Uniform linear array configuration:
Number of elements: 4
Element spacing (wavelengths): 1
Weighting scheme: exponential
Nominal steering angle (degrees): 60
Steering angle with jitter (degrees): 61.86
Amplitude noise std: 0.05
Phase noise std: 0.05

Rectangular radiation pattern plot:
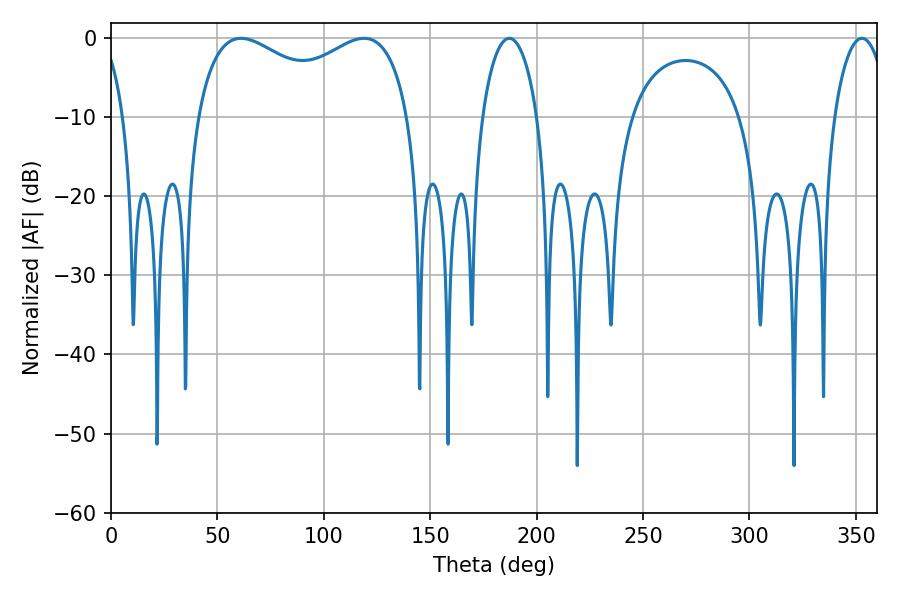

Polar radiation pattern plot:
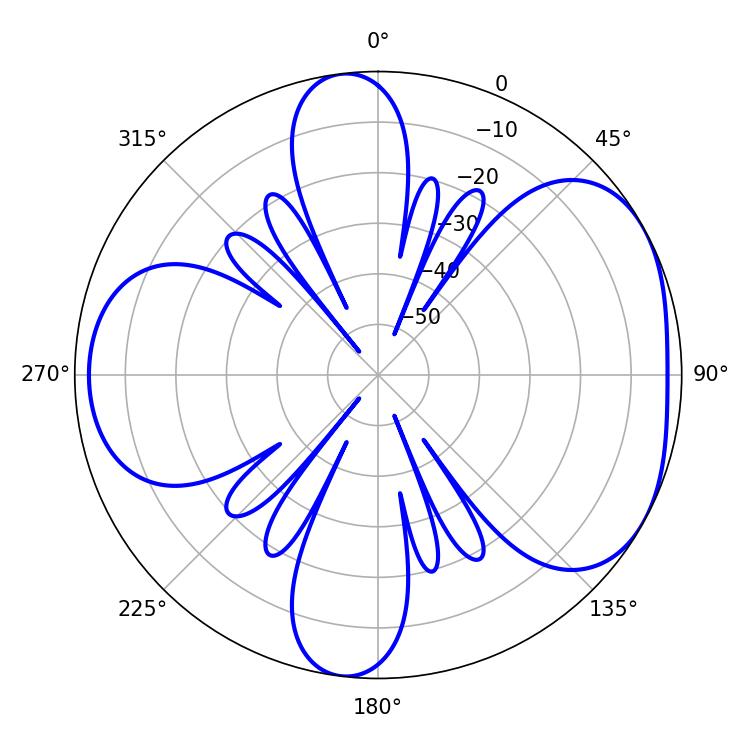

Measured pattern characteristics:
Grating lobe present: TRUE
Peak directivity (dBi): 4.745
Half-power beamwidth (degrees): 83.16
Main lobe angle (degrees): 61.2